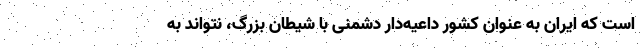
است که ایران به عنوان کشور داعیه‌دار دشمنی با شیطان بزرگ، نتواند به